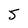
Character: 5